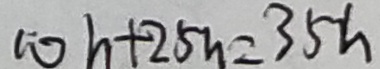
1 0 h + 2 5 n = 3 5 h